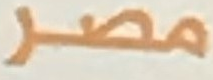
مصر